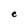
Character: C